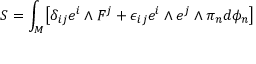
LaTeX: S = \int _ { M } \bigl [ \delta _ { i j } e ^ { i } \wedge F ^ { j } + \epsilon _ { i j } e ^ { i } \wedge e ^ { j } \wedge \pi _ { n } d \phi _ { n } \bigr ]